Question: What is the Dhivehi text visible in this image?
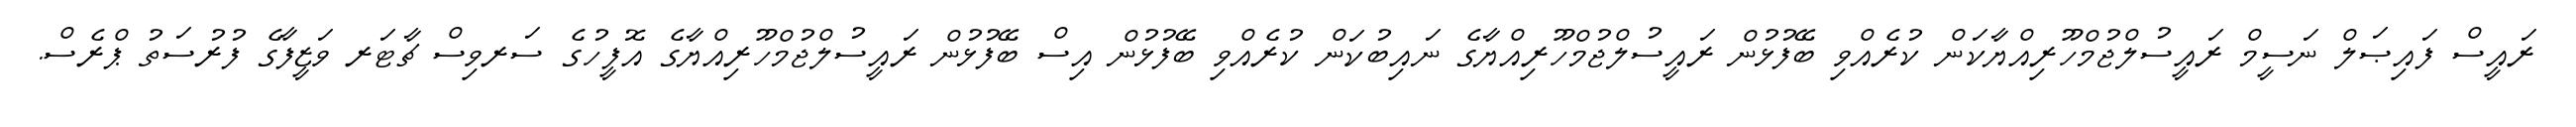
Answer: ރައީސް ފައިޞަލް ނަސީމް ރައީސުލްޖުމްހޫރިއްޔާކަން ކުރެއްވި ބޭފުޅުން ރައީސުލްޖުމްހޫރިއްޔާގެ ނައިބުކަން ކުރެއްވި ބޭފުޅުން އިސް ބޭފުޅުން ރައީސުލްޖުމްހޫރިއްޔާގެ އޮފީހުގެ ސަރވިސް ޗާޓަރ ވަޒީފާގެ ފުރުސަތު ޕްރެސް.